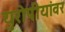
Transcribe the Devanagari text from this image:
युरोपीयांवर